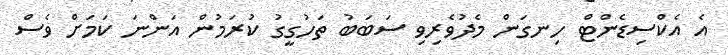
އެ އެކްސިޑެންޓް ހިނގަން މެދުވެރިވި ސަބަބު ތަހުގީގު ކުރަމުން އަންނަ ކަމަށް ވެސް